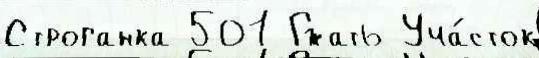
Строганка 501 Гжать Уча́сток